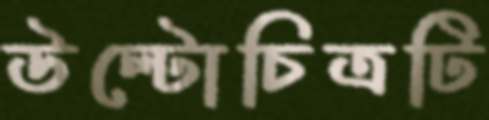
উল্টোচিত্রটি